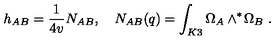
h _ { A B } = \frac { 1 } { 4 v } N _ { A B } , \quad N _ { A B } ( q ) = \int _ { K 3 } \Omega _ { A } \wedge ^ { * } \! \Omega _ { B } \ .